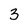
Character: 3